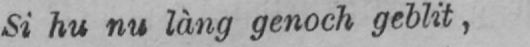
Si hu nu làng genoch geblit,